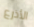
الأذرع